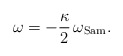
\begin{align*}\omega=-\frac{\kappa}{2}\,\omega_{\rm Sam}.\end{align*}